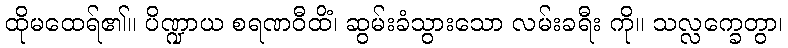
ထိုမထေရ်၏။ ပိဏ္ဍာယ စရဏဝီထိံ၊ ဆွမ်းခံသွားသော လမ်းခရီး ကို။ သလ္လက္ခေတွာ၊